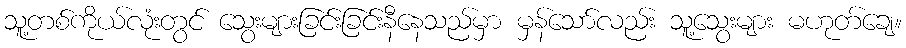
သူ့တစ်ကိုယ်လုံးတွင် သွေးများခြင်းခြင်းနီနေသည်မှာ မှန်သော်လည်း သူ့သွေးများ မဟုတ်ချေ။